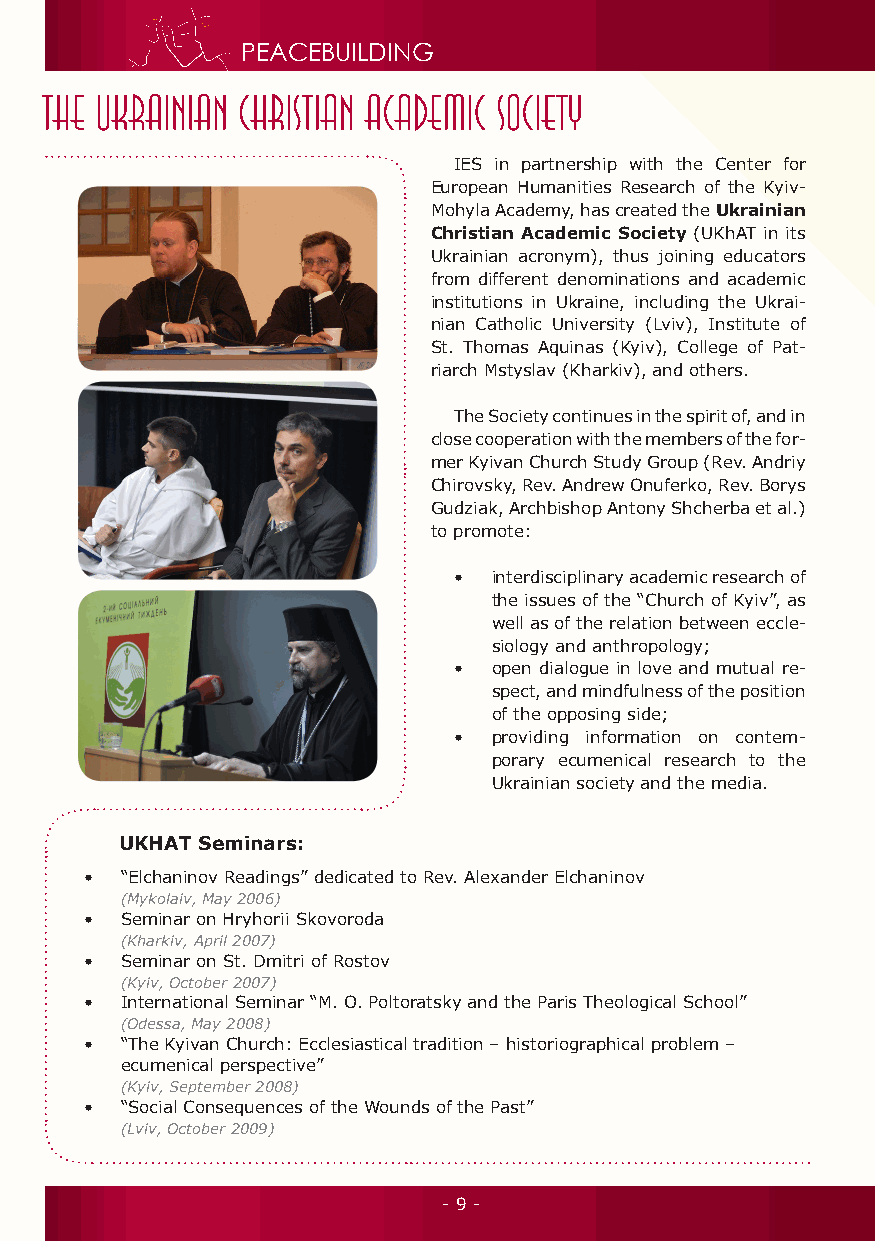
PEACEBUILDING
 IES in partnership with the Center for
 European Humanities Research of the Kyiv-
 Mohyla Academy, has created the Ukrainian
 Christian Academic Society (UKhAT in its
 Ukrainian acronym), thus joining educators
 from different denominations and academic
 institutions in Ukraine, including the Ukrai-
 nian Catholic University (Lviv), Institute of
 St. Thomas Aquinas (Kyiv), College of Pat-
 riarch Mstyslav (Kharkiv), and others.
 The Society continues in the spirit of, and in
 close cooperation with the members of the for-
 mer Kyivan Church Study Group (Rev. Andriy
 Chirovsky, Rev. Andrew Onuferko, Rev. Borys
 Gudziak, Archbishop Antony Shcherba et al.)
 to promote:
 •  interdisciplinary academic research of
 the issues of the “Church of Kyiv”, as
 well as of the relation between eccle-
 siology and anthropology;
 •  open dialogue in love and mutual re-
 spect, and mindfulness of the position
 of the opposing side;
 •  providing information on contem-
 porary ecumenical research to the
 Ukrainian society and the media.
 UKHAT Seminars:
 • “Elchaninov Readings” dedicated to Rev. Alexander Elchaninov
 (Mykolaiv, May 2006)
 • Seminar on Hryhorii Skovoroda
 (Kharkiv, April 2007)
 • Seminar on St. Dmitri of Rostov
 (Kyiv, October 2007)
 • International Seminar “M. O. Poltoratsky and the Paris Theological School”
 (Odessa, May 2008)
 • “The Kyivan Church: Ecclesiastical tradition – historiographical problem –
 ecumenical perspective”
 (Kyiv, September 2008)
 • “Social Consequences of the Wounds of the Past”
 (Lviv, October 2009)
 - 9 -